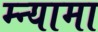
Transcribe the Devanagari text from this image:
म्न्यामा